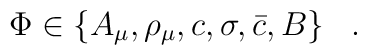
\Phi \in \{ A_{\mu},  \rho_{\mu}, c, \sigma, \bar{c}, B \} \; \; \; .